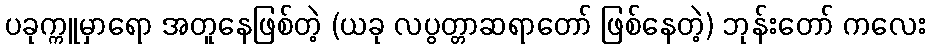
ပခုက္ကူမှာရော အတူနေဖြစ်တဲ့ (ယခု လပွတ္တာဆရာတော် ဖြစ်နေတဲ့) ဘုန်းတော် ကလေး